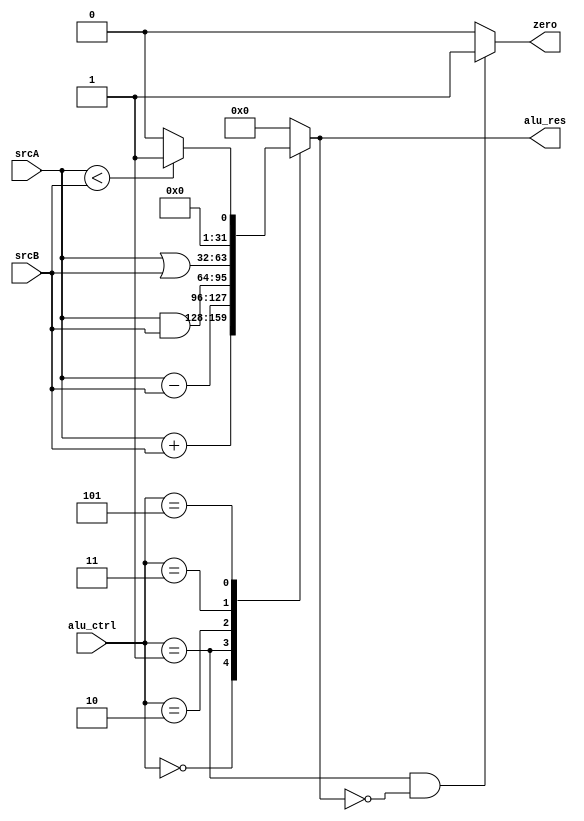
module alu #(parameter WIDTH = 32) (
    input wire signed [WIDTH-1:0] srcA,
    input wire signed [WIDTH-1:0] srcB,
    input wire [2:0] alu_ctrl,
    output reg [WIDTH-1:0] alu_res,
    output wire zero
);

wire [WIDTH-1:0] res_reg;

always @(*) begin
    case (alu_ctrl)
      'b000  : alu_res = srcA + srcB;
      'b001  : alu_res = srcA - srcB;
      'b010  : alu_res = srcA & srcB;
      'b011  : alu_res = srcA | srcB;
      'b101  : alu_res = (srcA < srcB) ? 'h00000001 : 'b0;
      default: alu_res = 'b0;
    endcase 
end

assign res_reg = alu_res;

assign zero = (alu_ctrl == 3'b001 && res_reg == 'b0) ? 1'b1:1'b0;

endmodule